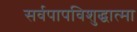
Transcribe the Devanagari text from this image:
सर्वपापविशुद्धात्मा